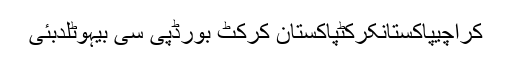
کراچیپاکستانکرکٹپاکستان کرکٹ بورڈپی سی بیہوٹلدبئی